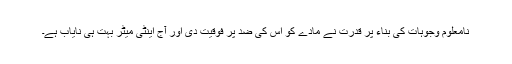
نامعلوم وجوہات کی بناء پر قدرت نے مادے کو اس کی ضد پر فوقیت دی اور آج اینٹی میَٹر بہت ہی نایاب ہے۔